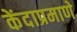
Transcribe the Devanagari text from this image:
केंदाप्रमाणे